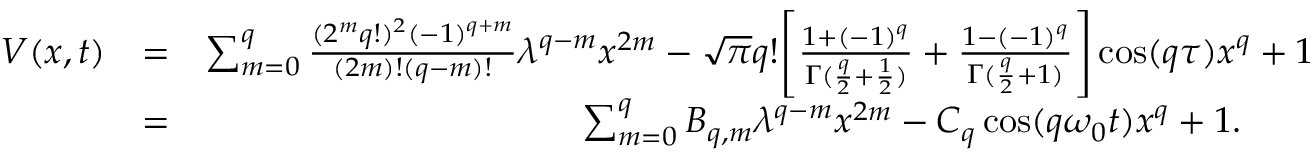
\begin{array} { r l r } { V ( x , t ) } & { = } & { \sum _ { m = 0 } ^ { q } \frac { ( 2 ^ { m } q ! ) ^ { 2 } ( - 1 ) ^ { q + m } } { ( 2 m ) ! ( q - m ) ! } \lambda ^ { q - m } x ^ { 2 m } - \sqrt { \pi } q ! \Bigg [ \frac { 1 + ( - 1 ) ^ { q } } { \Gamma ( \frac { q } { 2 } + \frac { 1 } { 2 } ) } + \frac { 1 - ( - 1 ) ^ { q } } { \Gamma ( \frac { q } { 2 } + 1 ) } \Bigg ] \cos ( q \tau ) x ^ { q } + 1 } \\ & { = } & { \sum _ { m = 0 } ^ { q } B _ { q , m } \lambda ^ { q - m } x ^ { 2 m } - C _ { q } \cos ( q \omega _ { 0 } t ) x ^ { q } + 1 . \ \ \ \ \ \ } \end{array}